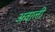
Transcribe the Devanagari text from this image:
अवाली